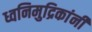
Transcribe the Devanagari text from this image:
ध्वनिमुद्रिकांनी